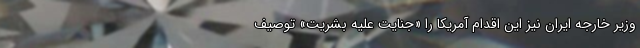
وزیر خارجه ایران نیز این اقدام آمریکا را «جنایت علیه بشریت» توصیف